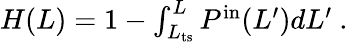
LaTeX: \begin{array}{r}{H(L)=1-\int_{L_{\mathrm{ts}}}^{L}P^{\mathrm{in}}(L^{\prime})dL^{\prime}\ .}\end{array}